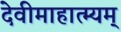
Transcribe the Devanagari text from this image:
देवीमाहात्म्यम्